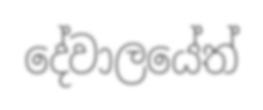
දේවාලයේත්